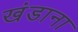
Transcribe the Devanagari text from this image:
खंडाना